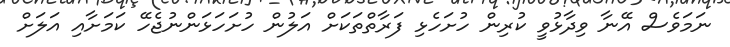
ނަމަވެސް އޭނާ ވިދާޅުވީ ކުރިން ހުށަހެޅި ފަރާތްތަކަށް އަލުން ހުށަހަޅަންނުޖެހޭ ކަމަށާއި އަލަށް